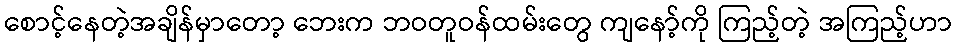
စောင့်နေတဲ့အချိန်မှာတော့ ဘေးက ဘဝတူဝန်ထမ်းတွေ ကျနော့်ကို ကြည့်တဲ့ အကြည့်ဟာ